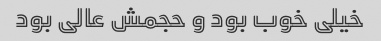
خیلی خوب بود و حجمش عالی بود